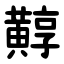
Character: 䵍